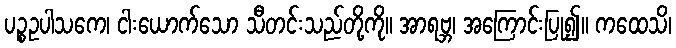
ပဉ္စဥပါသကေ၊ ငါးယောက်သော သီတင်းသည်တို့ကို။ အာရဗ္ဘ၊ အကြောင်းပြု၍။ ကထေသိ၊